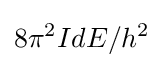
8\pi ^{2}IdE/h^{2}